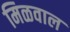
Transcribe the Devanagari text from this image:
मिळवाल